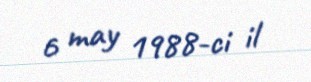
6 may 1988-ci il